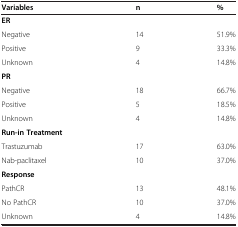
| Variables | n | % |
 | --- | --- | --- |
 | ER |  |  |
 | Negative | 14 | 51.9% |
 | Positive | 9 | 33.3% |
 | Unknown | 4 | 14.8% |
 | PR |  |  |
 | Negative | 18 | 66.7% |
 | Positive | 5 | 18.5% |
 | Unknown | 4 | 14.8% |
 | Run-in Treatment |  |  |
 | Trastuzumab | 17 | 63.0% |
 | Nab-paclitaxel | 10 | 37.0% |
 | Response |  |  |
 | PathCR | 13 | 48.1% |
 | No PathCR | 10 | 37.0% |
 | Unknown | 4 | 14.8% |